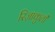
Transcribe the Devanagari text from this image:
रिज़ाकुली